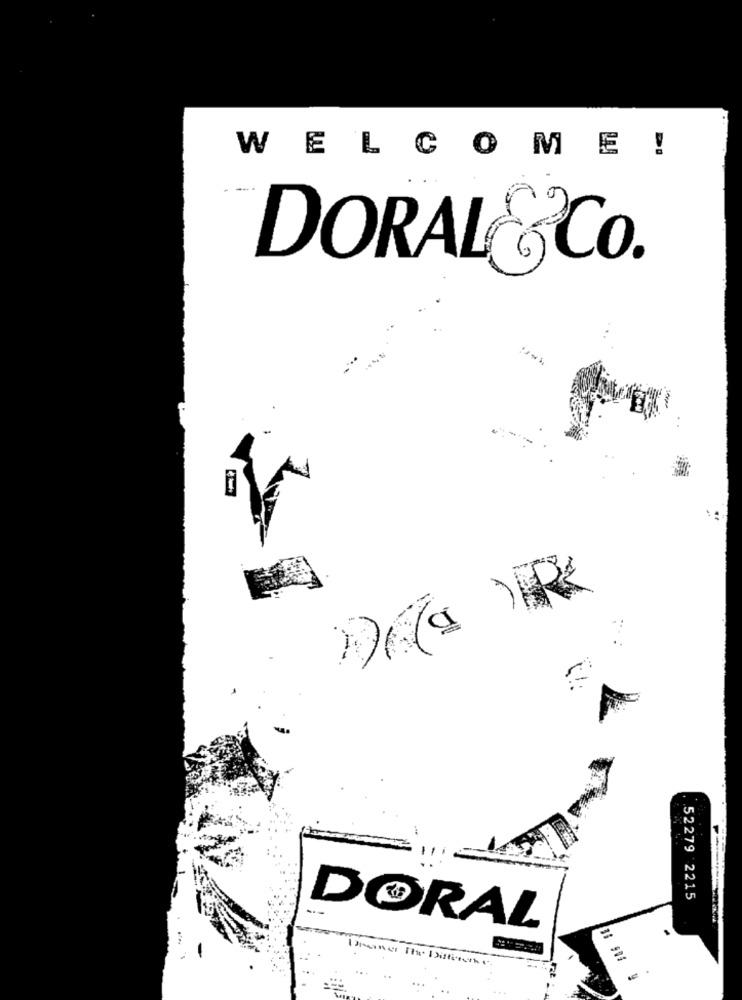
WELCOME!
DORALESCo.
---
52279 2215
DORAL